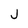
Character: J